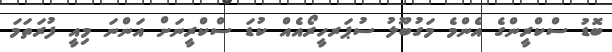
ބޮޑު ސްކްރީންގެ އެންމެ މަގުބޫލު ސުޕަރހީރޯއެއް ކުޑަ ސްކްރީނަށް އަންނަ މިއީ ފުރަތަމަ